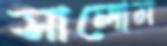
সালোম